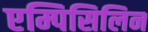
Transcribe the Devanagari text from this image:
एम्पिसिलिन